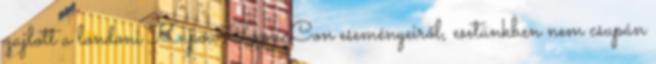
zajlott a londoni Kapow ComicCon eseményeiről, esetünkben nem csupán